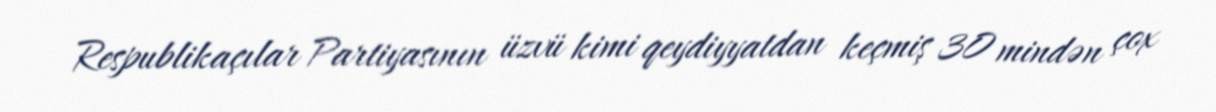
Respublikaçılar Partiyasının üzvü kimi qeydiyyatdan keçmiş 30 mindən çox